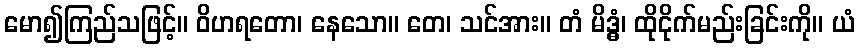
မော၍ကြည်သဖြင့်။ ဝိဟရတော၊ နေသော။ တေ၊ သင်အား။ တံ မိဒ္ဓံ၊ ထိုငိုက်မည်းခြင်းကို။ ယံ